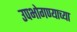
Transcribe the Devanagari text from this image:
उपभोगण्याच्या